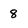
Character: 8